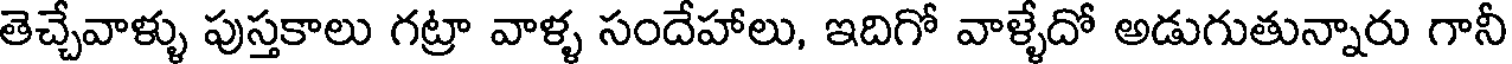
తెచ్చేవాళ్ళు పుస్తకాలు గట్రా వాళ్ళ సందేహాలు, ఇదిగో వాళ్ళేదో అడుగుతున్నారు గానీ